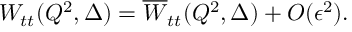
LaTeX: W _ { t t } ( Q ^ { 2 } , \Delta ) = \overline { { { W } } } _ { t t } ( Q ^ { 2 } , \Delta ) + O ( \epsilon ^ { 2 } ) .